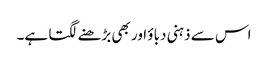
اس سے ذہنی دباؤ اور بھی بڑھنے لگتا ہے۔